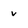
Character: v